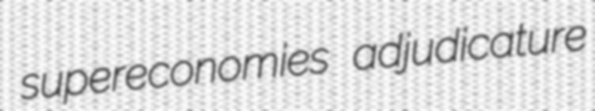
supereconomies adjudicature